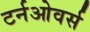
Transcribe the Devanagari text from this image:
टर्नओवर्स